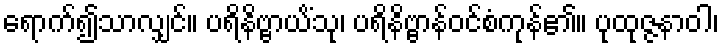
ရောက်၍သာလျှင်။ ပရိနိဗ္ဗာယိံသု၊ ပရိနိဗ္ဗာန်ဝင်စံကုန်၏။ ပုထုဇ္ဇနာဝါ၊